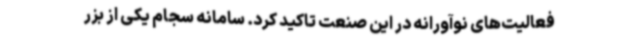
فعالیت‌های نوآورانه در این صنعت تاکید کرد. سامانه سجام یکی از بزر